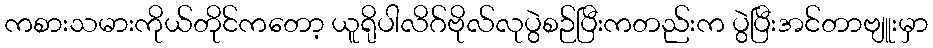
ကစားသမားကိုယ်တိုင်ကတော့ ယူရိုပါလိဂ်ဗိုလ်လုပွဲစဉ်ပြီးကတည်းက ပွဲပြီးအင်တာဗျူးမှာ